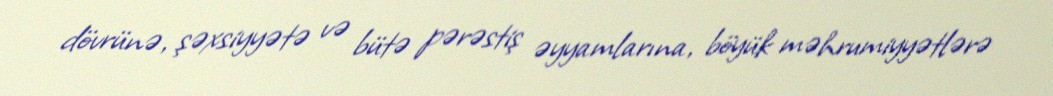
dövrünə, şəxsiyyətə və bütə pərəstiş əyyamlarına, böyük məhrumiyyətlərə